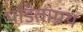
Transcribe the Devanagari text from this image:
पंडिताग्रंथ